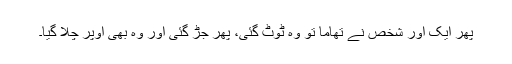
پھر ایک اور شخص نے تھاما تو وہ ٹوٹ گئی، پھر جڑ گئی اور وہ بھی اوپر چلا گیا۔